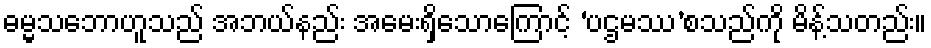
ဓမ္မသဘောဟူသည် အဘယ်နည်း အမေးရှိသောကြောင့် ‘ပဌမဿ’စသည်ကို မိန့်သတည်း။